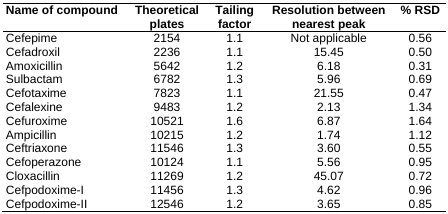
<table><thead><tr><td><b>Name of compound</b></td><td><b>Theoretical plates</b></td><td><b>Tailing factor</b></td><td><b>Resolution between nearest peak</b></td><td><b>% RSD</b></td></tr></thead><tbody><tr><td>Cefepime</td><td>2154</td><td>1.1</td><td>Not applicable</td><td>0.56</td></tr><tr><td>Cefadroxil</td><td>2236</td><td>1.1</td><td>15.45</td><td>0.50</td></tr><tr><td>Amoxicillin</td><td>5642</td><td>1.2</td><td>6.18</td><td>0.31</td></tr><tr><td>Sulbactam</td><td>6782</td><td>1.3</td><td>5.96</td><td>0.69</td></tr><tr><td>Cefotaxime</td><td>7823</td><td>1.1</td><td>21.55</td><td>0.47</td></tr><tr><td>Cefalexine</td><td>9483</td><td>1.2</td><td>2.13</td><td>1.34</td></tr><tr><td>Cefuroxime</td><td>10521</td><td>1.6</td><td>6.87</td><td>1.64</td></tr><tr><td>Ampicillin</td><td>10215</td><td>1.2</td><td>1.74</td><td>1.12</td></tr><tr><td>Ceftriaxone</td><td>11546</td><td>1.3</td><td>3.60</td><td>0.55</td></tr><tr><td>Cefoperazone</td><td>10124</td><td>1.1</td><td>5.56</td><td>0.95</td></tr><tr><td>Cloxacillin</td><td>11269</td><td>1.2</td><td>45.07</td><td>0.72</td></tr><tr><td>Cefpodoxime-I</td><td>11456</td><td>1.3</td><td>4.62</td><td>0.96</td></tr><tr><td>Cefpodoxime-II</td><td>12546</td><td>1.2</td><td>3.65</td><td>0.85</td></tr></tbody></table>